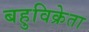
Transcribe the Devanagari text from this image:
बहुविक्रेता